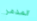
المدمر